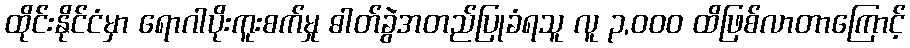
ထိုင်းနိုင်ငံမှာ ရောဂါပိုးကူးစက်မှု ဓါတ်ခွဲအတည်ပြုခံရသူ လူ ၃,၀၀၀ ထိဖြစ်လာတာကြောင့်